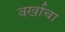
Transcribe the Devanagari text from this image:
वर्खाचा